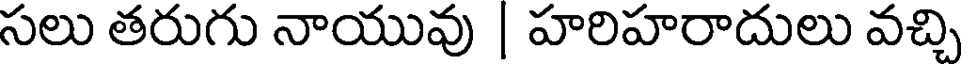
సలు తరుగు నాయువు | హరిహరాదులు వచ్చి